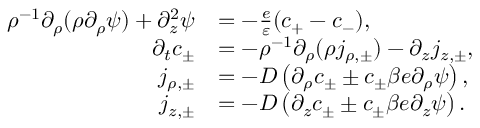
\begin{array} { r l } { \rho ^ { - 1 } \partial _ { \rho } ( \rho \partial _ { \rho } \psi ) + \partial _ { z } ^ { 2 } \psi } & { = - \frac { e } { \varepsilon } ( c _ { + } - c _ { - } ) , } \\ { \partial _ { t } c _ { \pm } } & { = - \rho ^ { - 1 } \partial _ { \rho } ( \rho j _ { \rho , \pm } ) - \partial _ { z } j _ { z , \pm } , } \\ { j _ { \rho , \pm } } & { = - D \left( \partial _ { \rho } c _ { \pm } \pm c _ { \pm } \beta e \partial _ { \rho } \psi \right) , } \\ { j _ { z , \pm } } & { = - D \left( \partial _ { z } c _ { \pm } \pm c _ { \pm } \beta e \partial _ { z } \psi \right) . } \end{array}